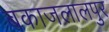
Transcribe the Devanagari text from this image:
बकाजलालपुर